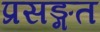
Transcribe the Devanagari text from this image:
प्रसङ्गत